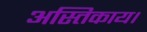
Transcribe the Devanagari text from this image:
अस्तिकाय।